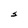
Character: S